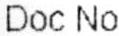
DOC NO